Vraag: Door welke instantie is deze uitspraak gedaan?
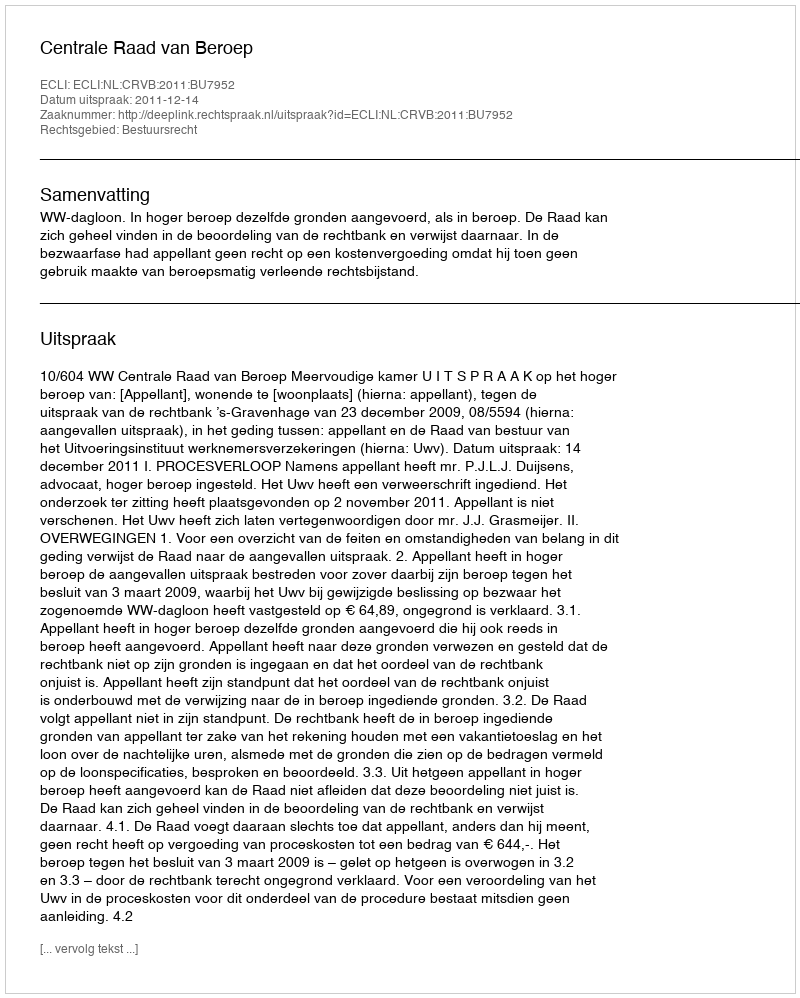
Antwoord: Centrale Raad van Beroep